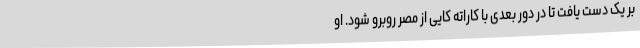
بر یک دست یافت تا در دور بعدی با کاراته کایی از مصر روبرو شود. او